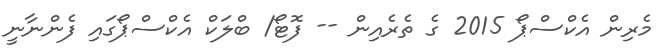
މެރިން އެކްސްޕޯ 2015 ގެ ތެރެއިން -- ފޮޓޯ/ ބްލަކް އެކްސްޕޯގައި ފެންނާނީ